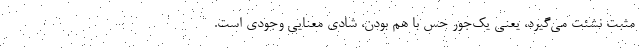
مثبت نشئت می‌گیرد، یعنی یک‌جور حس با هم بودن، شادی معنایی وجودی است.